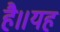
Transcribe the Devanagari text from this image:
है॥यह